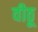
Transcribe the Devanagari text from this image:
वीठू